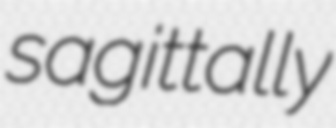
sagittally